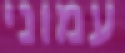
עמוני